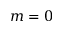
m = 0